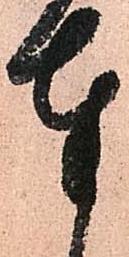
奉